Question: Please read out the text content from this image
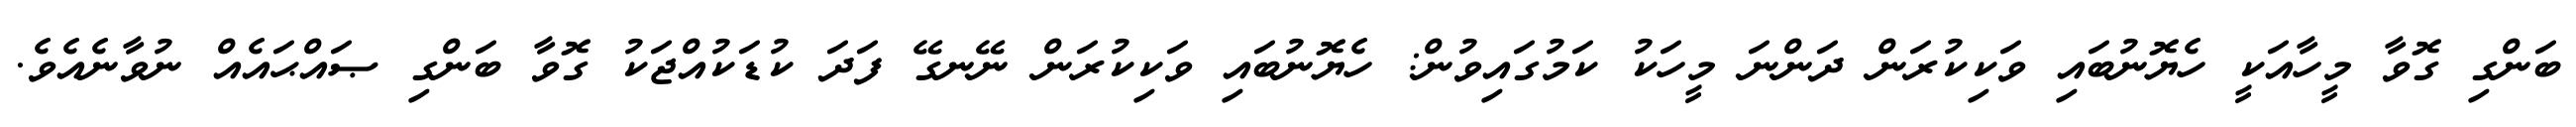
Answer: ބަންގި ގޮވާ މީހާއަކީ ހެޔޮނުބައި ވަކިކުރަން ދަންނަ މީހަކު ކަމުގައިވުން: ހެޔޮނުބައި ވަކިކުރަން ނޭނގޭ ފަދަ ކުޑަކުއްޖަކު ގޮވާ ބަންގި ޞައްޙައެއް ނުވާނެއެވެ.